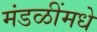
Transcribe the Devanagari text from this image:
मंडळींमधे